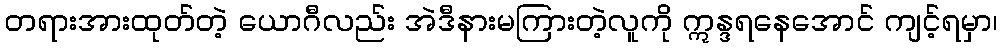
တရားအားထုတ်တဲ့ ယောဂီလည်း အဲဒီနားမကြားတဲ့လူကို ဣန္ဒရနေအောင် ကျင့်ရမှာ၊